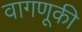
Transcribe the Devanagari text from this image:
वागणूकी